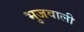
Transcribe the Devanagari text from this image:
भुजवाली